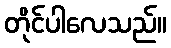
တိုင်ပါလေသည်။